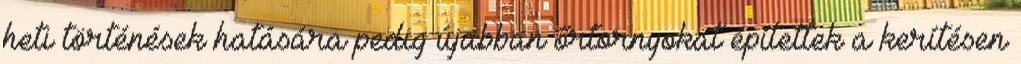
heti történések hatására pedig újabban őrtornyokat építettek a kerítésen